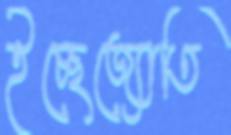
ইচ্ছেজ্যোতি